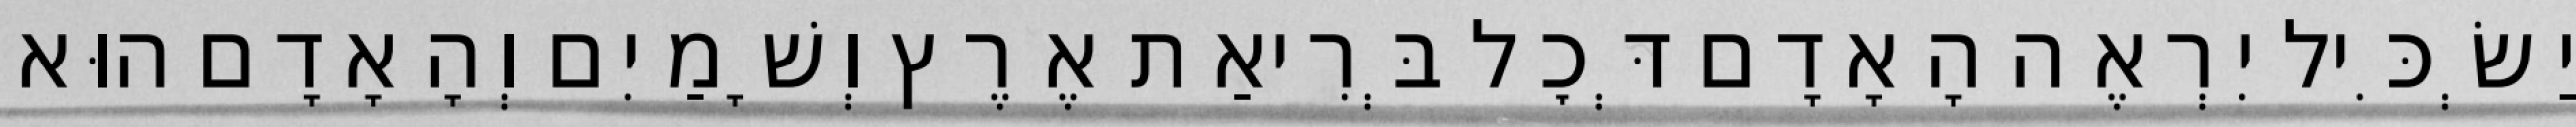
יַשְׂכִּיל יִרְאֶה הָאָדָם דְּכׇל בְּרִיאַת אֶרֶץ וְשָׁמַיִם וְהָאָדָם הוּא